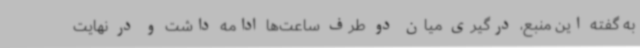
به گفته این منبع، درگیری‌ میان دو طرف ساعت‌ها ادامه داشت و در نهایت